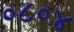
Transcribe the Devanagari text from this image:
०८०४